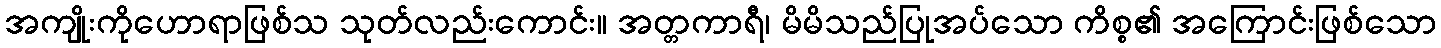
အကျိုးကိုဟောရာဖြစ်သ သုတ်လည်းကောင်း။ အတ္တကာရီ၊ မိမိသည်ပြုအပ်သော ကိစ္စ၏ အကြောင်းဖြစ်သော